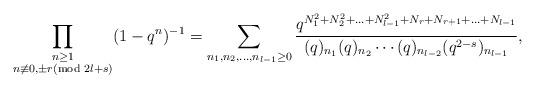
LaTeX: \begin{align*}\prod_{\substack{n\geq 1\\n\not\equiv 0,\pm r(\textrm{mod }2l+s)}}(1-q^n)^{-1} = \sum_{n_1 , n_2 , \ldots , n_{l-1}\geq 0} \frac{q^{N_{1}^{2}+N_{2}^{2}+...+ N^{2}_{l-1}+N_{r}+N_{r+1}+\ldots+N_{l-1} }}{(q)_{n_1 } (q)_{n_2 }\cdots (q)_{n_{l-2}} (q^{2-s})_{n_{l-1}}},\end{align*}